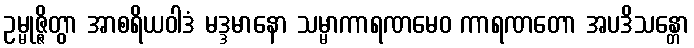
ဥမ္မုဇ္ဇိတွာ အာစရိယဝါဒံ မဒ္ဒမာနော သမ္မာကာရဏမေဝ ကာရဏတော အပဒိသန္တော